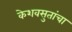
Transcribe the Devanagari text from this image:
केशवसुतांचा